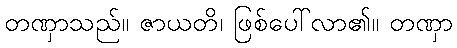
တဏှာသည်။ ဇာယတိ၊ ဖြစ်ပေါ်လာ၏။ တဏှာ